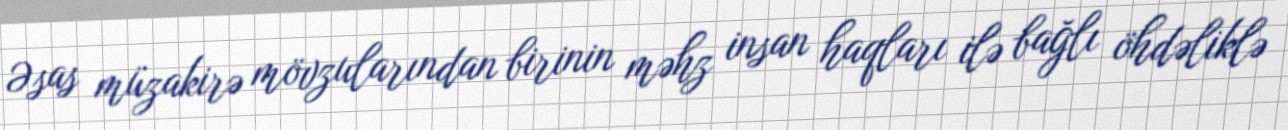
Əsas müzakirə mövzularından birinin məhz insan haqları ilə bağlı öhdəliklə